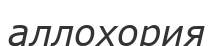
аллохория